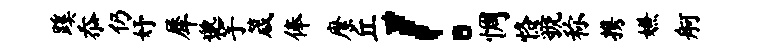
蹊忝仍妤犀邈芋箴俸縻丘！惆恪虢称携嫌舸